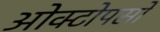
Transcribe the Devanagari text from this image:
ओक्टोपसों